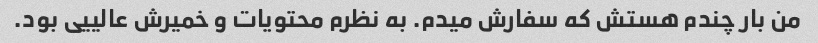
من بار چندم هستش که سفارش میدم. به نظرم محتویات و خمیرش عالییی بود.